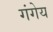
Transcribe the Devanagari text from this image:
गंगेय